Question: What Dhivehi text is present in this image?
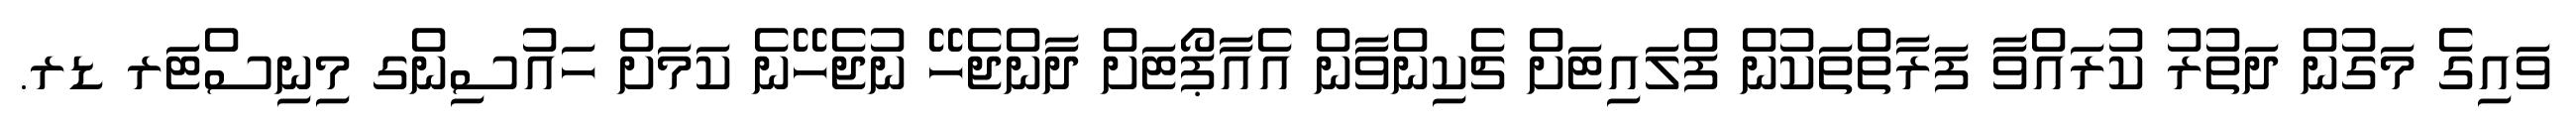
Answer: ވައިގެ މަގުން ދަތުރު ކުރައްވާ ފަރާތްތަކުން ފްލައިޓަށް ޗެކިންވާން އެއާޕޯޓަށް ދާންޖެހޭ ނުޖެހޭނެ ކަމަށް ހައުސިންގ މިނިސްޓަރ ޑރ.